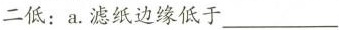
二低：a.滤纸边缘低于___